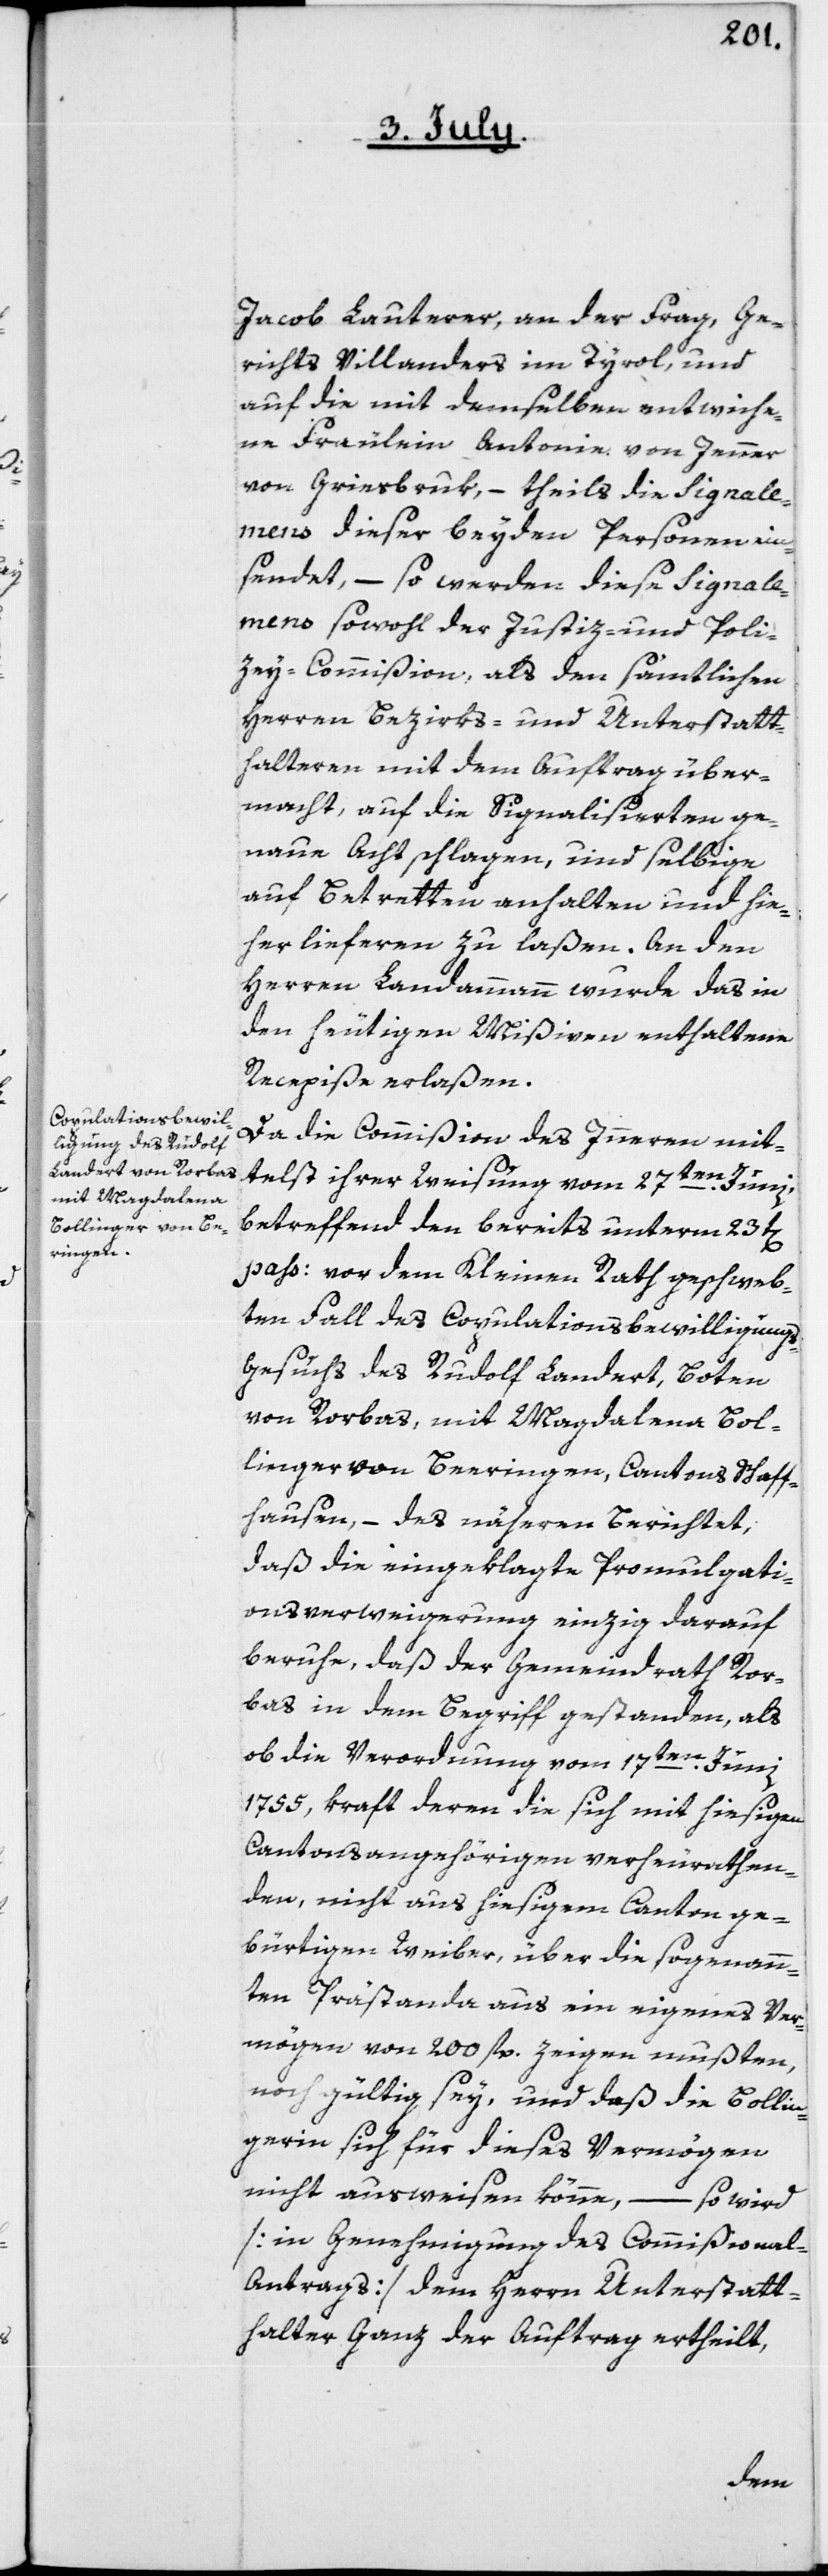
Jacob Lauterer, an der Frag, Ge¬
richts Villanders im Tyrol, und
auf die mit demselben entwiche¬
ne Fräulein Antonie von Jenner
von Griesbruk, – theils die Signale¬
men[t]s dieser beyden Personen ein¬
sendet, – so werden diese Signale¬
men[t]s sowohl der Justiz- und Poli¬
zey-Commißion, als den sämtlichen
Herren Bezirks- und Unterstatt¬
halteren mit dem Auftrag über¬
macht, auf die Signalisierten ge¬
naue Acht schlagen, und selbige
auf Betretten anhalten und hie¬
her lieferen zu laßen. An den
Herren Landammann wurde das in
den heutigen Mißiven enthaltene
Recepiße erlaßen.
Da die Commißion des Innern mit¬
telst ihrer Weisung vom 27ten Junii,
betreffend den bereits unterm 23t[en]
pass. vor dem Kleinen Rath geschweb¬
ten Fall des Copulationsbewilligung¬
s-Gesuchs des Rudolf Landert, Boten
von Rorbas, mit Magdalena Bol¬
linger von Beeringen, Cantons Schaff¬
hausen, – des näheren berichtet,
daß die eingeklagte Promulgati¬
onsverweigerung einzig darauf
beruhe, daß der Gemeindrath Ror¬
bas in dem Begriff gestanden, als
ob die Verordnung vom 17ten Junii
1755, kraft deren die sich mit hiesigen
Cantonsangehörigen verheuratgen¬
den, nicht aus hiesigem Canton ge¬
bürtigen Weiber, über die sogenann¬
te Prästanda aus ein eigenes Ver¬
mögen von 200 fl. zeigen mußten,
noch gültig sey, und daß die Bollin¬
gerin sich für dieses Vermögen
nicht ausweisen könne, – so wird
[in Genehmigung des Commißiona¬
l-Antrags] dem Herrn Unterstatt¬
halter Ganz der Auftrag ertheilt,